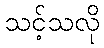
သင့်သလို